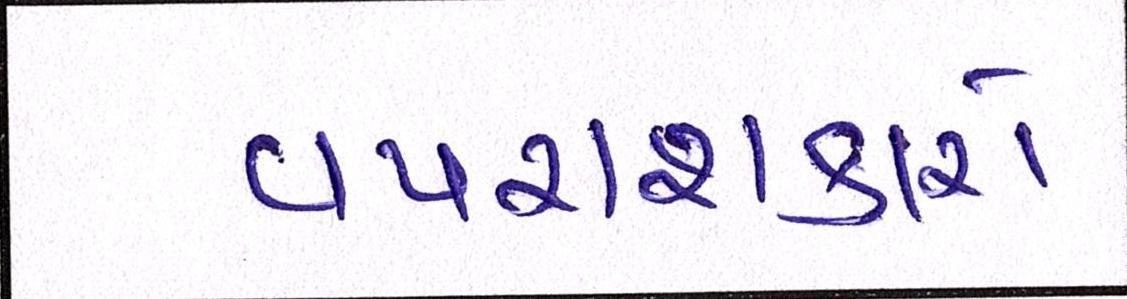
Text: વપરાશકારો